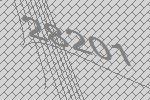
28201